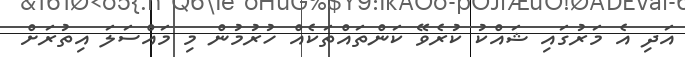
އަދި އެ މަރުގައި ޝައްކު ކުރެވޭ ކަންތައްތަކެއް ހުރުމުން މި މައްސަލަ އިތުރަށް